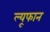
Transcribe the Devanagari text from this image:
ल्यूफान